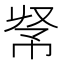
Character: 𢂭